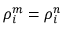
\rho _ { i } ^ { m } = \rho _ { i } ^ { n }